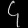
Digit: ၄